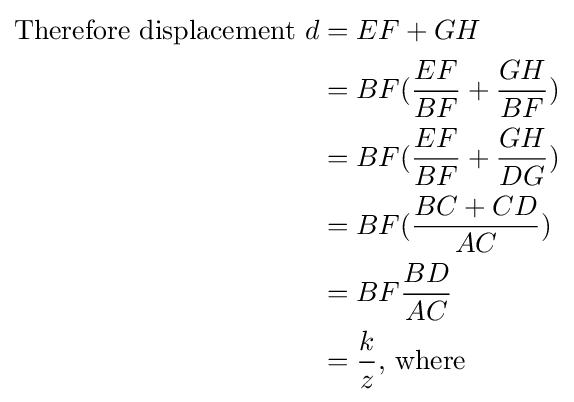
{\begin{aligned}{\text{Therefore displacement }}d&=EF+GH\\&=BF({\frac {EF}{BF}}+{\frac {GH}{BF}})\\&=BF({\frac {EF}{BF}}+{\frac {GH}{DG}})\\&=BF({\frac {BC+CD}{AC}})\\&=BF{\frac {BD}{AC}}\\&={\frac {k}{z}}{\text{, where}}\\\end{aligned}}